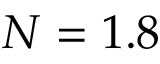
N = 1 . 8